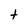
Character: t